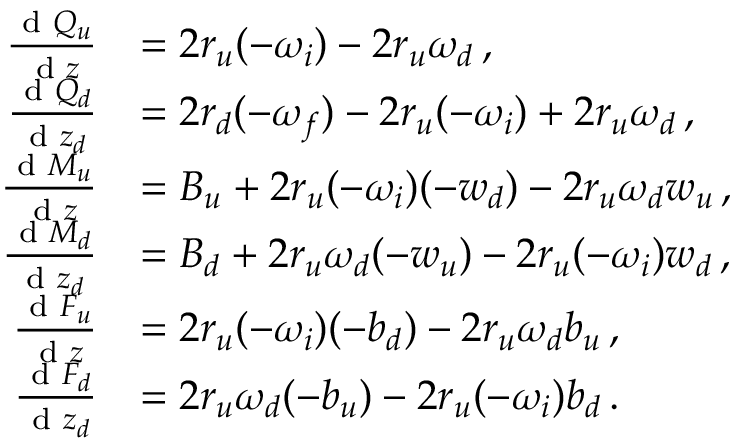
\begin{array} { r l } { \frac { \textnormal { d } Q _ { u } } { \textnormal { d } z } } & { = 2 r _ { u } ( - \omega _ { i } ) - 2 r _ { u } \omega _ { d } \, , } \\ { \frac { \textnormal { d } Q _ { d } } { \textnormal { d } z _ { d } } } & { = 2 r _ { d } ( - \omega _ { f } ) - 2 r _ { u } ( - \omega _ { i } ) + 2 r _ { u } \omega _ { d } \, , } \\ { \frac { \textnormal { d } M _ { u } } { \textnormal { d } z } } & { = B _ { u } + 2 r _ { u } ( - \omega _ { i } ) ( - w _ { d } ) - 2 r _ { u } \omega _ { d } w _ { u } \, , } \\ { \frac { \textnormal { d } M _ { d } } { \textnormal { d } z _ { d } } } & { = B _ { d } + 2 r _ { u } \omega _ { d } ( - w _ { u } ) - 2 r _ { u } ( - \omega _ { i } ) w _ { d } \, , } \\ { \frac { \textnormal { d } F _ { u } } { \textnormal { d } z } } & { = 2 r _ { u } ( - \omega _ { i } ) ( - b _ { d } ) - 2 r _ { u } \omega _ { d } b _ { u } \, , } \\ { \frac { \textnormal { d } F _ { d } } { \textnormal { d } z _ { d } } } & { = 2 r _ { u } \omega _ { d } ( - b _ { u } ) - 2 r _ { u } ( - \omega _ { i } ) b _ { d } \, . } \end{array}